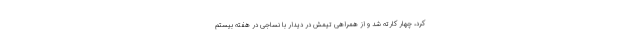
کرد، چهار کارته شد و از همراهی تیمش در دیدار با نساجی در هفته بیستم